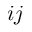
i j